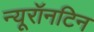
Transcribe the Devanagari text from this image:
न्यूरॉनटिन